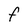
Character: F